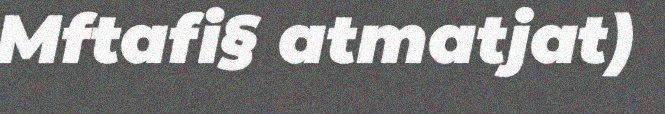
Mftafi§ atmatjat)